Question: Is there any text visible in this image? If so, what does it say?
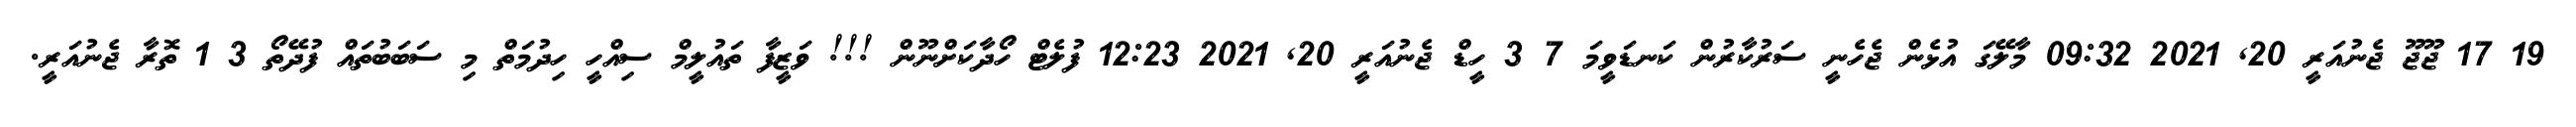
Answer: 19 17 ޖޫޖޫ ޖެނުއަރީ 20, 2021 09:32 މާލޭގަ އުޅެން ޖެހެނީ ސަރުކާރުން ކަނޑަވީމަ 7 3 ހީޑް ޖެނުއަރީ 20, 2021 12:23 ފުލެޓް ހޯދާކަށްނޫން !!! ވަޒީފާ ތައުލީމް ސިއްހީ ހިދުމަތް މި ސަބަބުތައް ފުދޭތޯ 3 1 ތޮރާ ޖެނުއަރީ.